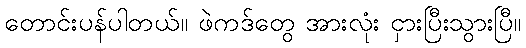
တောင်းပန်ပါတယ်။ ဖဲကဒ်တွေ အားလုံး ငှားပြီးသွားပြီ။